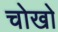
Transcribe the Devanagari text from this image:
चोखो